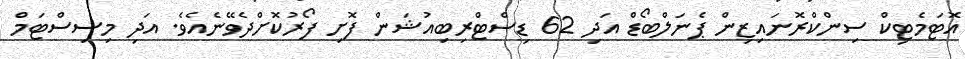
އޮޓަމެޓިކް ސިންކްރޮނައިޒިން ޕެނަލްބޯޑް އަދި 62 ޑިސްޓްރިބިއުޝަން ފޮށި ފޯރުކޮށްދެވޭނެއެވެ. އަދި މިސިސްޓަމް